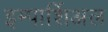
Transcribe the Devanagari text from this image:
इम्पार्शिअल